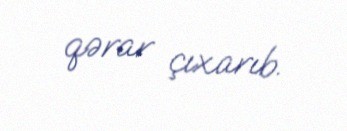
qərar çıxarıb.